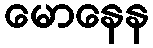
မောနေန